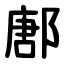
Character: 鄌